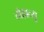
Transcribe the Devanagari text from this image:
तोहात्सू